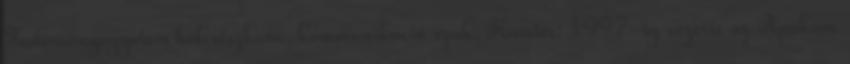
Tudományegyetem bölcsészkara, kommunikáció szak. Karrier: 1997-ig vezette az Apukám